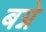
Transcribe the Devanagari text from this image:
बग्ने